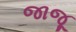
જાજૂ